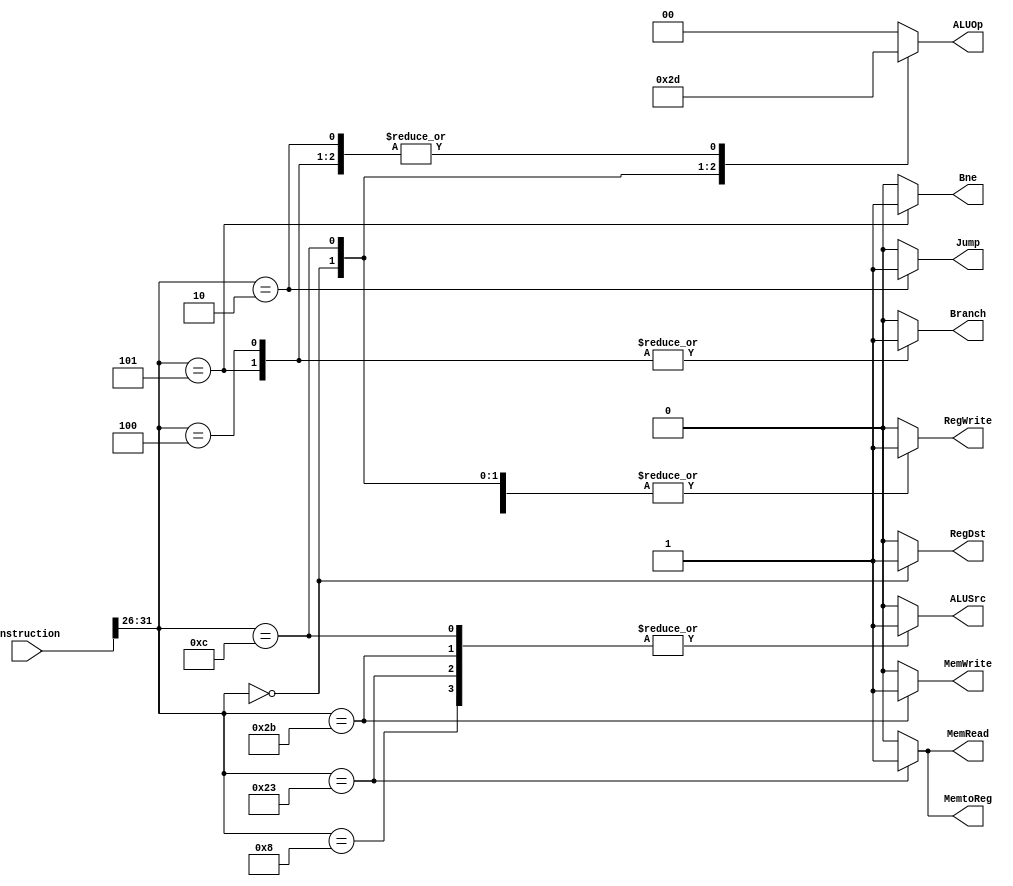
`timescale 1ns / 1ps
//////////////////////////////////////////////////////////////////////////////////
// 
// Design Name: 
// Module Name: Control
// Project Name: MIPS
// Target Devices: 
// Tool Versions: 
// Description: 
// 
// Dependencies: 
// 
// Revision:
// Revision 0.01 - File Created
// Additional Comments:
// 
//////////////////////////////////////////////////////////////////////////////////


module Control (
    input [31:0] instruction,
    output reg RegDst,
    output reg Jump,
    output reg Branch,
    output reg Bne,  // 1 indicates bne
    output reg MemRead,
    output reg MemtoReg,
    output reg [1:0] ALUOp,
    output reg MemWrite,
    output reg ALUSrc,
    output reg RegWrite
);

  // FIGURE 4.18 The setting of the control lines is completely determined 
  // by the opcode fields of the instruction

  initial begin
    RegDst = 0;
    Jump = 0;
    Branch = 0;
    MemRead = 0;
    MemtoReg = 0;
    ALUOp = 2'b00;
    MemWrite = 0;
    ALUSrc = 0;
    RegWrite = 0;
  end

  always @(instruction) begin
    case (instruction[31:26])
      6'b000000: begin  // ARITHMETIC
        RegDst = 1;
        ALUSrc = 0;
        MemtoReg = 0;
        RegWrite = 1;
        MemRead = 0;
        MemWrite = 0;
        Branch = 0;
        Bne = 0;
        ALUOp = 2'b10;
        Jump = 0;
      end
      6'b001000: begin  // addi
        RegDst = 0;
        ALUSrc = 1;
        MemtoReg = 0;
        RegWrite = 1;
        MemRead = 0;
        MemWrite = 0;
        Branch = 0;
        Bne = 0;
        ALUOp = 2'b00;
        Jump = 0;
      end
      6'b001100: begin  // andi
        RegDst = 0;
        ALUSrc = 1;
        MemtoReg = 0;
        RegWrite = 1;
        MemRead = 0;
        MemWrite = 0;
        Branch = 0;
        Bne = 0;
        ALUOp = 2'b11;
        Jump = 0;
      end
      6'b100011: begin  // lw
        RegDst = 0;
        ALUSrc = 1;
        MemtoReg = 1;
        RegWrite = 1;
        MemRead = 1;
        MemWrite = 0;
        Branch = 0;
        Bne = 0;
        ALUOp = 2'b00;
        Jump = 0;
      end
      6'b101011: begin  // sw
        RegDst = 0;  // X
        ALUSrc = 1;
        MemtoReg = 0;  // X
        RegWrite = 0;
        MemRead = 0;
        MemWrite = 1;
        Branch = 0;
        Bne = 0;
        ALUOp = 2'b00;
        Jump = 0;
      end
      6'b000100: begin  // beq
        RegDst = 0;  // X
        ALUSrc = 0;
        MemtoReg = 0;  // X
        RegWrite = 0;
        MemRead = 0;
        MemWrite = 0;
        Branch = 1;
        Bne = 0;
        ALUOp = 2'b01;
        Jump = 0;
      end
      6'b000101: begin  // bne
        RegDst = 0;  // X
        ALUSrc = 0;
        MemtoReg = 0;  // X
        RegWrite = 0;
        MemRead = 0;
        MemWrite = 0;
        Branch = 1;
        Bne = 1;
        ALUOp = 2'b01;
        Jump = 0;
      end
      6'b000010: begin  // j
        RegDst = 0;  // X
        ALUSrc = 0;
        MemtoReg = 0;  // X
        RegWrite = 0;
        MemRead = 0;
        MemWrite = 0;
        Branch = 0;
        Bne = 0;
        ALUOp = 2'b01;
        Jump = 1;
      end
      default: begin
        RegDst = 0;  // X
        ALUSrc = 0;
        MemtoReg = 0;  // X
        RegWrite = 0;
        MemRead = 0;
        MemWrite = 0;
        Branch = 0;
        Bne = 0;
        ALUOp = 2'b00;
        Jump = 0;
      end
    endcase
  end

endmodule